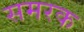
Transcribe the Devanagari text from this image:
समरक